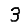
Digit: 3